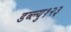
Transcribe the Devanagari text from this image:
डब्ल्यु१२३